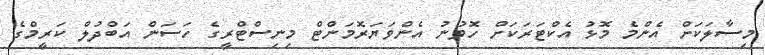
މިސާލަކަށް އެންމެ މޮޅު އެކްޓަރަކަށް ހޮވުނު އެންވަޔަރޮމަންޓް މިނިސްޓްރީގެ ހަސަން އަބްދުލް ކަރީމްގެ